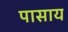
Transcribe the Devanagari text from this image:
पासाय